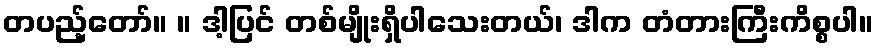
တပည့်တော်။ ။ ဒါ့ပြင် တစ်မျိုးရှိပါသေးတယ်၊ ဒါက တံတားကြီးကိစ္စပါ။